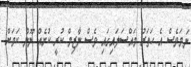
ނަމަވެސް އެ ހަތަރު މައްސަލައިގައި ވެސް ނާޒިމް ކުރީ ކުށެއް ނޫން ކަމަށް